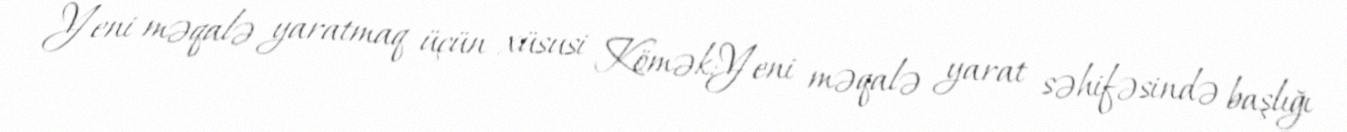
Yeni məqalə yaratmaq üçün xüsusi Kömək:Yeni məqalə yarat səhifəsində başlığı